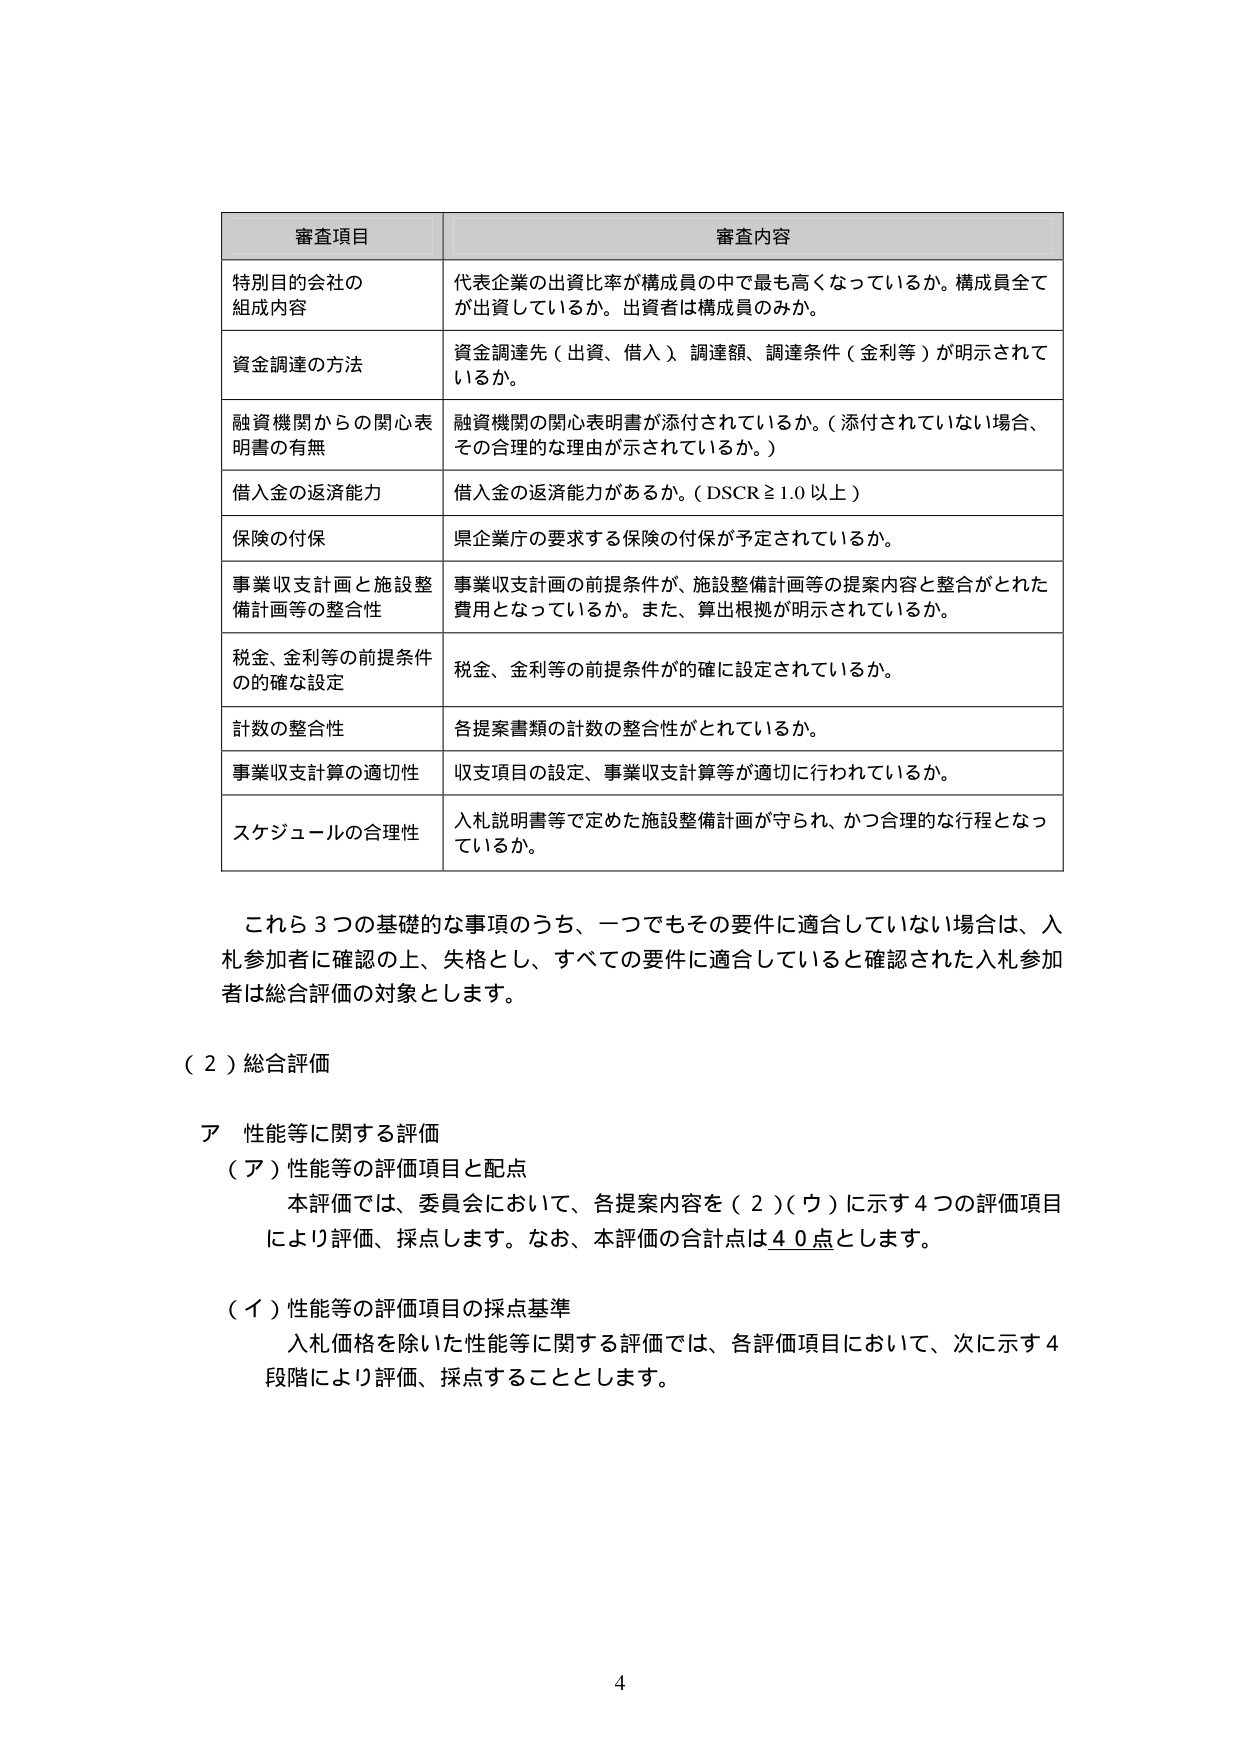
審査項目 審査内容
特別目的会社の 組成内容 代表企業の出資比率が構成員の中で最も高くなっているか。構成員全て が出資しているか。出資者は構成員のみか。
資金調達の方法 資金調達先（出資、借入）調達額、調達条件（金利等）が明示されて いるか。
融資機関からの関心表明書の有無 融資機関の関心表明書が添付されているか。（添付されていない場合、 その合理的な理由が示されているか。）
借入金の返済能力 借入金の返済能力があるか。（DSCR≧1.0以上）
保険の付保 県企業庁の要求する保険の付保が予定されているか。
事業収支計画と施設整備計画等の整合性 事業収支計画の前提条件が、施設整備計画等の提案内容と整合がとれた 費用となっているか。また、算出根拠が明示されているか。
税金、金利等の前提条件の的確な設定 税金、金利等の前提条件が的確に設定されているか。
計数の整合性 各提案書類の計数の整合性がとれているか。
事業収支計算の適切性 収支項目の設定、事業収支計算等が適切に行われているか。
スケジュールの合理性 入札説明書等で定めた施設整備計画が守られ、かつ合理的な行程となっ ているか。
これら3つの基礎的な事項のうち、一つでもその要件に適合していない場合は、入 札参加者に確認の上、失格とし、すべての要件に適合していると確認された入札参加 者は総合評価の対象とします。
（2）総合評価
ア 性能等に関する評価
（ア）性能等の評価項目と配点 本評価では、委員会において、各提案内容を（2）（ウ）に示す4つの評価項目 により評価、採点します。なお、本評価の合計点は40点とします。
（イ）性能等の評価項目の採点基準 入札価格を除いた性能等に関する評価では、各評価項目において、次に示す4 段階により評価、採点することとします。
4